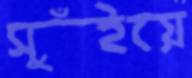
সুঁইয়ে